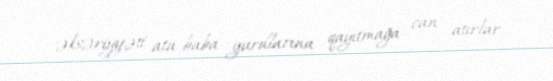
əksəriyyəti ata-baba yurdlarına qayıtmağa can atırlar.